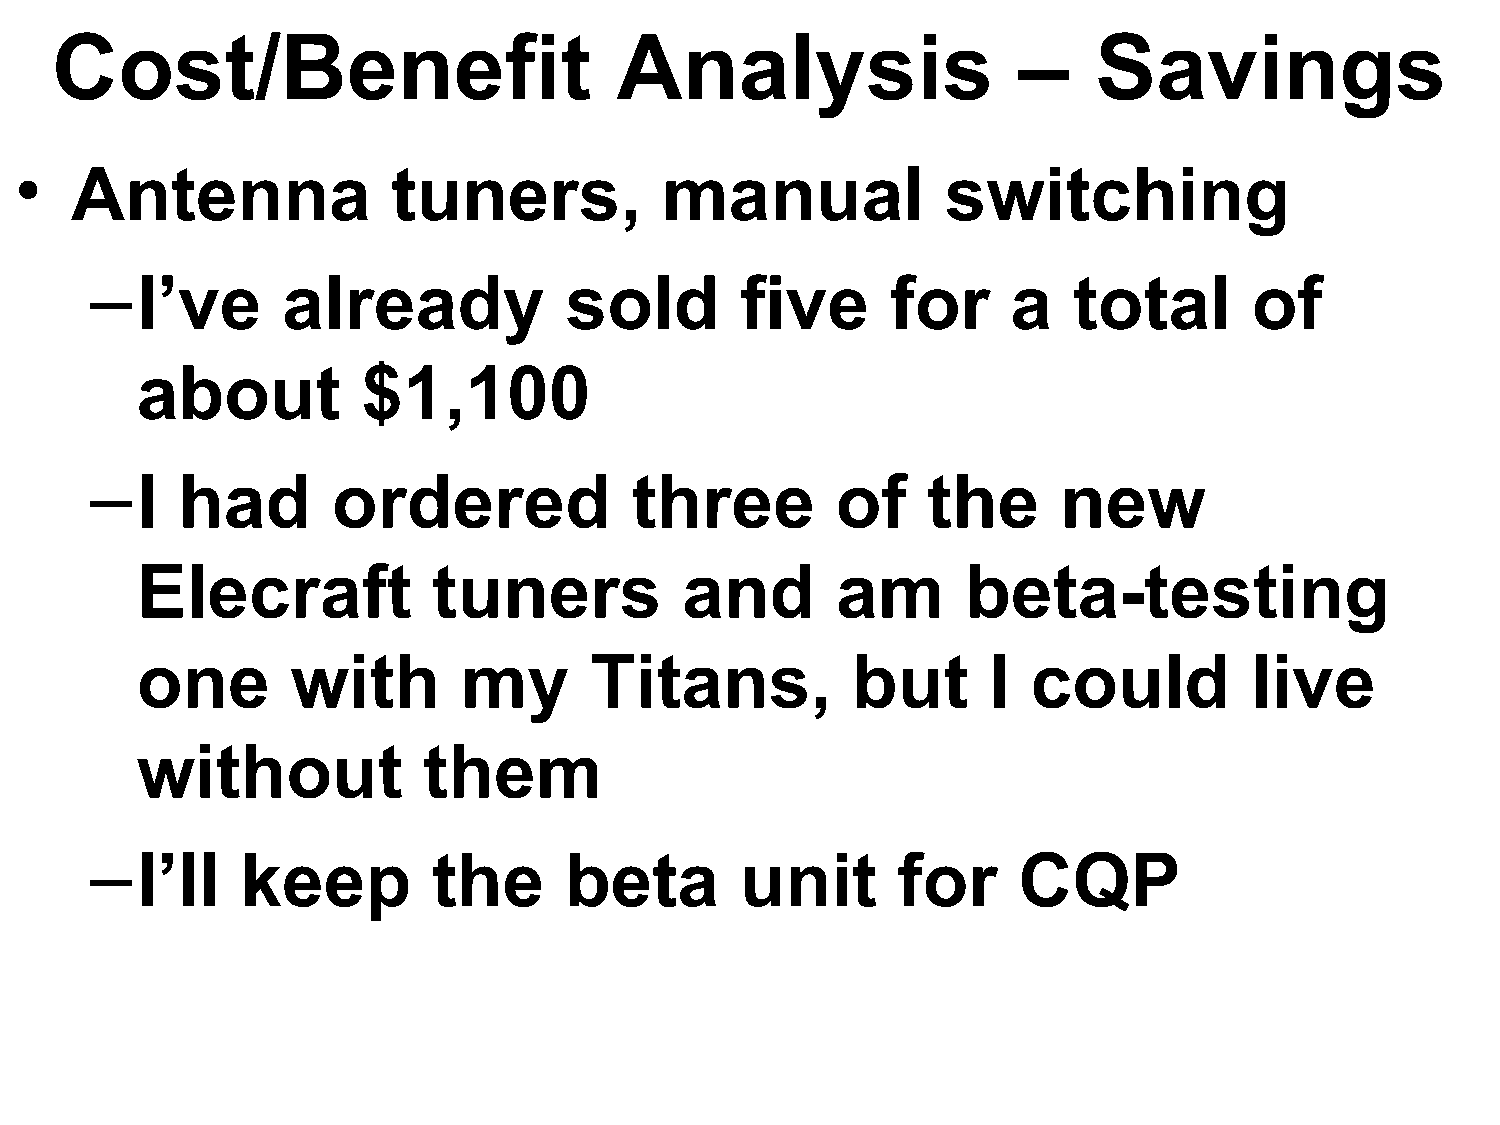
Cost/Benefit                          Analysis                  –    Savings
 •   Antenna              tuners,           manual             switching
 –I’ve        already           sold        five      for     a   total       of
 about          $1,100
 –I    had       ordered             three        of    the      new
 Elecraft            tuners          and       am       beta-testing
 one       with        my      Titans,          but      I  could          live
 without            them
 –I’ll     keep         the     beta        unit      for     CQP